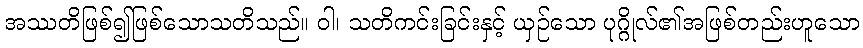
အဿတိဖြစ်၍ဖြစ်သောသတိသည်။ ဝါ၊ သတိကင်းခြင်းနှင့် ယှဉ်သော ပုဂ္ဂိုလ်၏အဖြစ်တည်းဟူသော